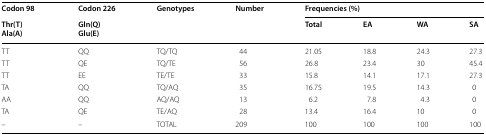
| Codon 98 | Codon 226 | <ROWSPAN=2> Genotypes | <ROWSPAN=2> Number | <COLSPAN=4> Frequencies (%) |
 | Thr(T)Ala(A) | Gln(Q)Glu(E) | Total | EA | WA | SA |
 | --- | --- | --- | --- | --- | --- | --- | --- |
 | TT | QQ | TQ/TQ | 44 | 21.05 | 18.8 | 24.3 | 27.3 |
 | TT | QE | TQ/TE | 56 | 26.8 | 23.4 | 30 | 45.4 |
 | TT | EE | TE/TE | 33 | 15.8 | 14.1 | 17.1 | 27.3 |
 | TA | QQ | TQ/AQ | 35 | 16.75 | 19.5 | 14.3 | 0 |
 | AA | QQ | AQ/AQ | 13 | 6.2 | 7.8 | 4.3 | 0 |
 | TA | QE | TE/AQ | 28 | 13.4 | 16.4 | 10 | 0 |
 | – | – | TOTAL | 209 | 100 | 100 | 100 | 100 |